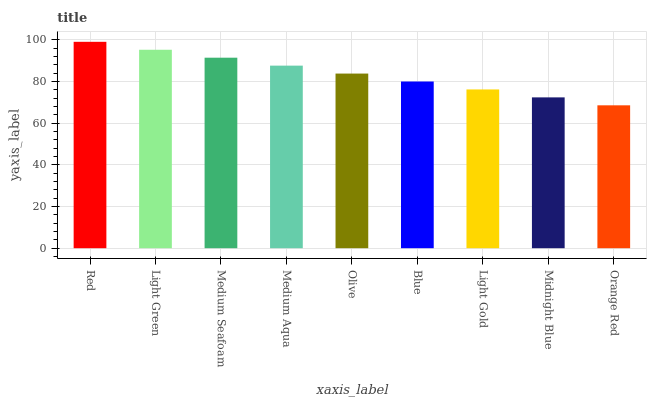
| xaxis_label | bars |
 | --- | --- |
 | Red | 99 |
 | Light Green | 95.2 |
 | Medium Seafoam | 91.4 |
 | Medium Aqua | 87.6 |
 | Olive | 83.8 |
 | Blue | 80 |
 | Light Gold | 76.2 |
 | Midnight Blue | 72.3 |
 | Orange Red | 68.5 |